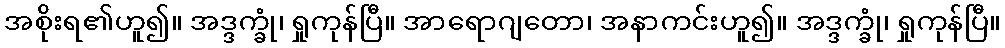
အစိုးရ၏ဟူ၍။ အဒ္ဒက္ခုံ၊ ရှုကုန်ပြီ။ အာရောဂျတော၊ အနာကင်းဟူ၍။ အဒ္ဒက္ခုံ၊ ရှုကုန်ပြီ။